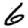
Digit: 6